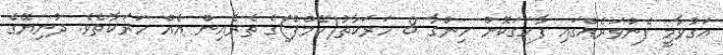
އަގުވާމީ ފެންވަރެއްގައި ފާހަގަކޮށް ހިންގާ 8 ހަރަކާތު(ކޭމްޕް)ގެ ތެރެއިން އެއް ހަރަކާތެވެ. ދުނިޔޭގެ